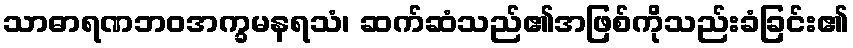
သာဓာရဏဘဝအက္ခမနရသံ၊ ဆက်ဆံသည်၏အဖြစ်ကိုသည်းခံခြင်း၏